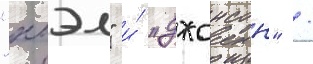
"хоэл" и́ "джонсон" /